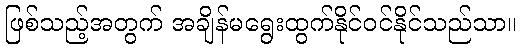
ဖြစ်သည့်အတွက် အချိန်မရွေးထွက်နိုင်ဝင်နိုင်သည်သာ။